Report of the Municipal Commissioner on the plague in Bombay for the year ending 31st May... - Volume 2
Disease focus: Plague
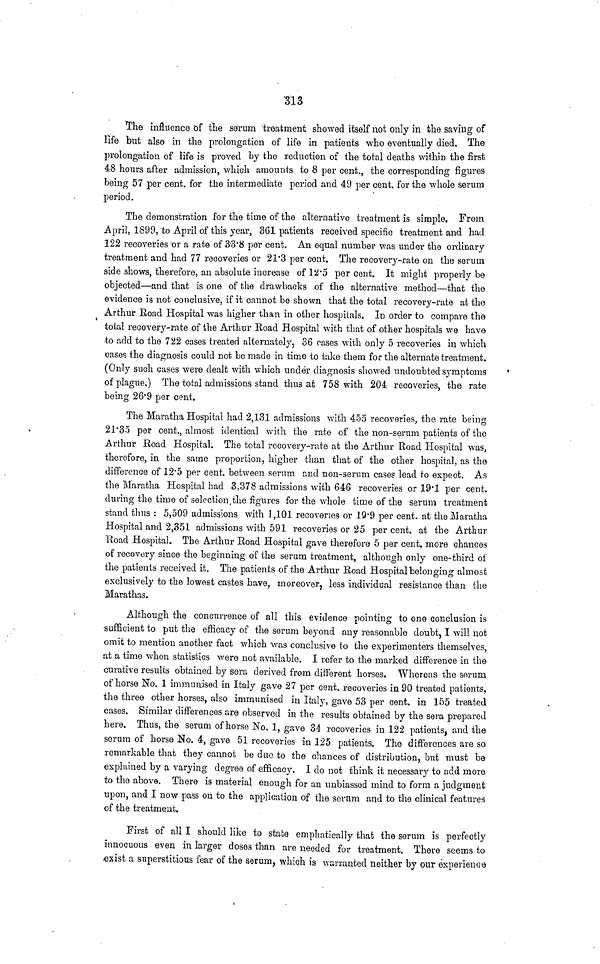
313
TChe influence of the serum 'treatment showed itself not only in the saving of
life but also in the prolongation of life in patients who eventually died. The
prolongation of life is proved by the reduction of the total deaths within the first
48 hours after admission, which amounts to 8 per cent., the corresponding figures
being 57 per cent, for the intermediate period and 49 per cent, for the whole serum
period.
The demonstration for the time of the alternative treatment is simple. From
April, 1899, to April of this year, 361 patients received specific treatment and had
122 recoveries -or a rate of &3'8 per cent. An equal number was under the ordinary
treatment and had 77 recoveries or 21*3 per cent. The recovery-rate on the serum
side shows, therefore, an absolute increase of 12'5 per cent. It might properly be
objected—and that is one of the drawbacks of the alternative method—that the
evidence is not conclusive, if it cannot be shown that the total recovery-rate at the
Arthur Road Hospital was higher than in other hospitals. In order to compare the
total recovery-rate of the Arthur Road Hospital with that of other hospitals we have
•to add to the 722 cases treated alternately, 36 cases with only 5 recoveries in which
cases the diagnosis could not be made in time to take them for the alternate treatment.
(Only such cases were dealt with which under diagnosis showed undoubted symptoms
of plague.) The total admissions stand thus at 758 with 204 recoveries, the rate
being 26'9 per cent.
The Maratha Hospital had 2,131 admissions with 455 recoveries, the rate being
21'35 per cent., almost identical with the rate of the non-serum patients of the
Arthur Road Hospital. The total recovery-rate at the Arthur Road Hospital was,
therefore, in the same proportion, higher than that of the other hospital, as the
difference of 12'5 per cent, between serum and non-serum case? lead to expect. As
the Maratha Hospital had 3,378 admissions with 646 recoveries or 19*1 per cent,
during the time of selection.the figures for the whole time of the serum treatment
stand thus : 5,509 admissions with 1,101 recoveries or 19 - 9 per cent, at the Maratha
Hospital and 2,351 admissions with 591 recoveries or 25 per cent, at the Arthur
Road Hospital. The Arthur Road Hospital gave therefore 5 per cent, more chances
of recovery since the beginning of the serum treatment, although only one-third of
the patients received it. The patients of the Arthur Road Hospital belonging almost
exclusively to the lowest castes have, moreover, less individual resistance than the
Marathas.
Although the concurrence of all this evidence pointing to one conclusion is
sufficient to put the efficacy of the serum beyond any reasonable doubt, I will not
omit to mention another fact which was conclusive to the experimenters themselves,
at a time when statistics were not available. I refer to the marked difference in the
curative results obtained by sera derived from different horses. Whereas the serum
of horse No. 1 immunised in Italy gave 27 per cent, recoveries in 90 treated patients,
the three other horses, also immunised in Italy, gave 53 per cent, in 155 treated
cases. Similar differences are observed in the results obtained by the sera prepared
here. Thus, the serum of horse No. 1, gave 34 recoveries in 122 patients, and the
serum of horse No. 4, gave 51 recoveries in 125 patients. The differences are so
remarkable that they cannot be due to the chances of distribution, but must be
explained by a varying degree of efficacy. 1 do not think it necessary to add more
to the above. There is material enough for an unbiassed mind to form a judgment
upon, and I now pass on to the application of the serum and to the clinical features
of the treatment.
First of all I should like to state emphatically that the serum is perfectly
innocuous even in larger doses than are needed for treatment. There seems to
.exist a superstitious fear of the serum, which is warranted neither by our experience